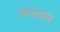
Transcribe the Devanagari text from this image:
मंगळम